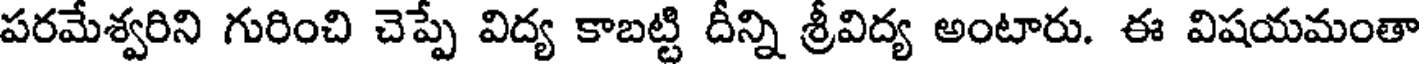
పరమేశ్వరిని గురించి చెప్పే విద్య కాబట్టి దీన్ని శ్రీవిద్య అంటారు. ఈ విషయమంతా